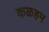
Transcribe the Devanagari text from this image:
कळहम